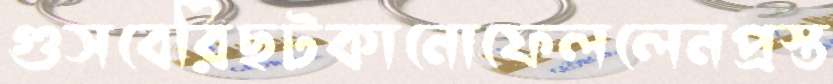
গুসবেরিছটকানোফেললেনপ্রস্ত